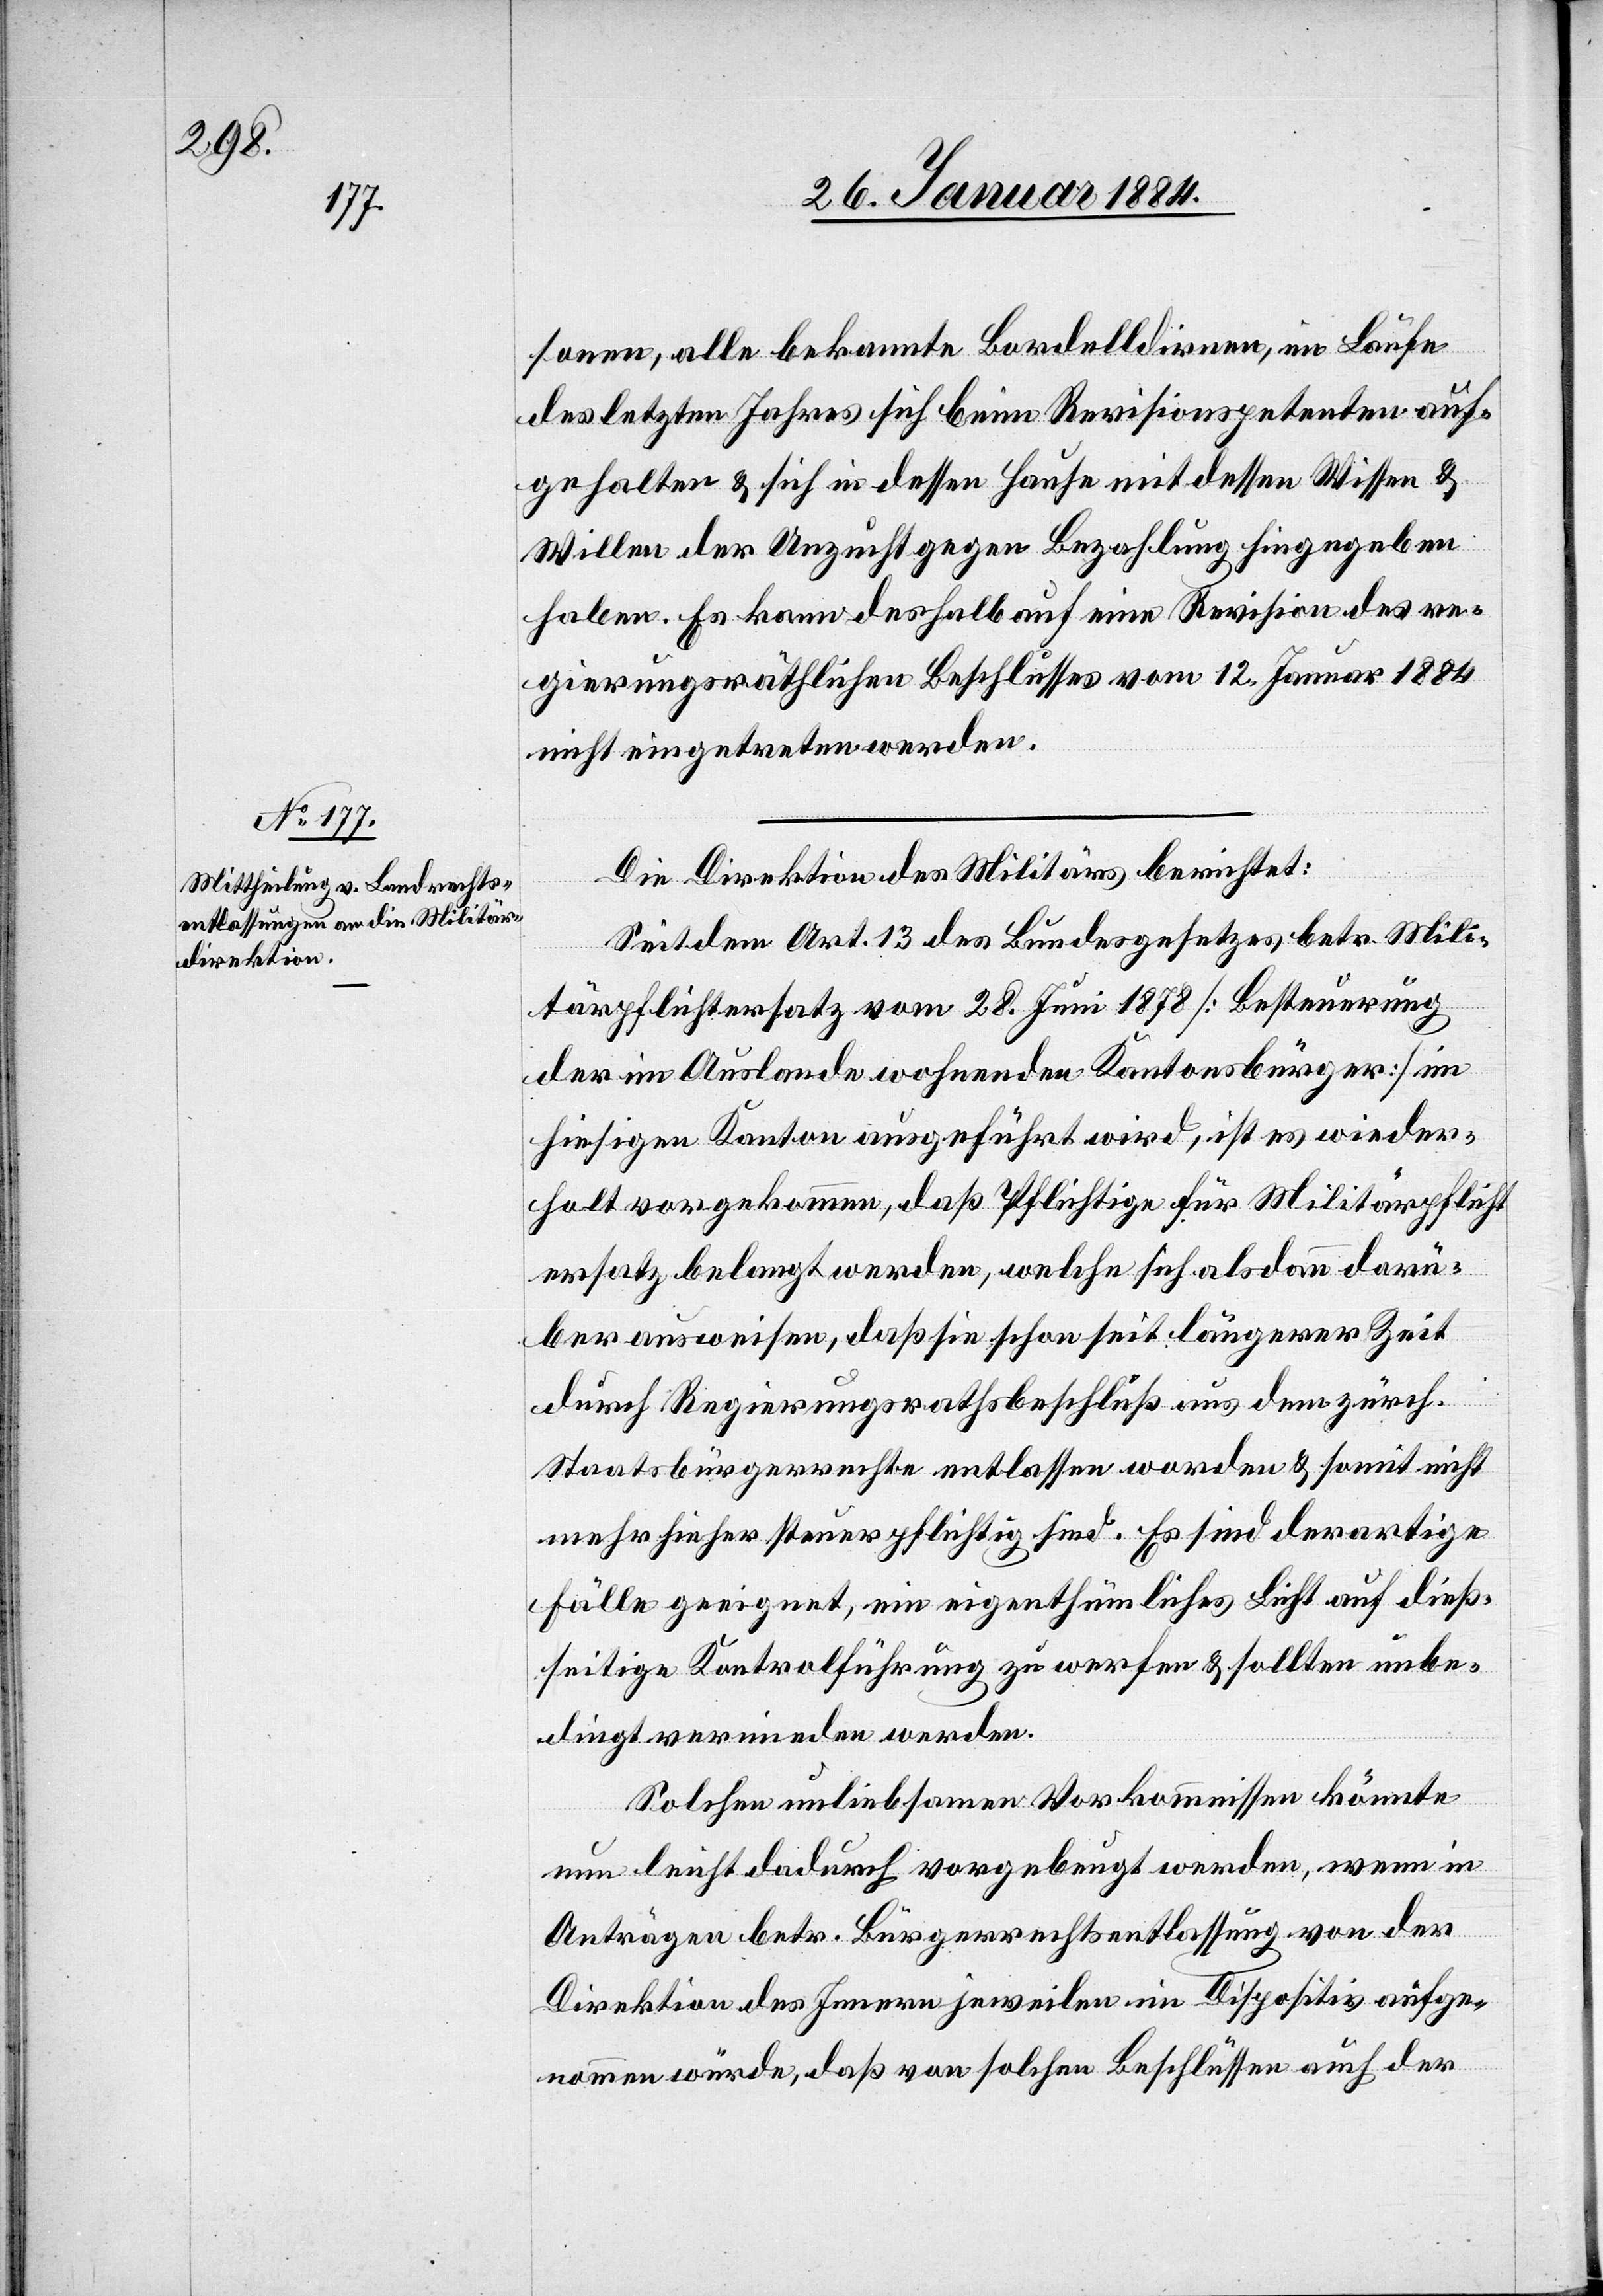
sonen, alle bekannte Bordelldirnen, im Laufe
des letztem Jahres sich beim Revisionspetenten auf¬
gehalten & sich in dessen Hause mit dessen Wissen &
Willen der Unzucht gegen Bezahlung hingegeben
haben. Es kann deshalb auf eine Revision des re¬
gierungsräthlichen Beschlusses vom 12. Januar 1884
nicht eingetreten werden.
Die Direktion des Militärs berichtet:
Seit dem Art. 13 des Bundesgesetzes betr. Mili¬
tärpflichtersatz vom 28. Juni 1878 [Besteuerung
der im Auslande wohnenden Kantonsbürger] in
hiesigem Kanton ausgeführt wird, ist es wieder¬
holt vorgekommen, daß Pflichtige für Militärpflicht¬
ersatz belangt werden, welche sich alsdann darü¬
ber ausweisen, daß sie schon seit längerer Zeit
durch Regierungsrathsbeschluß aus dem zürch.
Staatsbürgerrechte entlassen worden & somit nicht
mehr hierher steuerpflichtig sind. Es sind derartige
Fälle geeignet, ein eigenthümliches Licht auf dieß¬
seitige Kontrolführung zu werfen & sollten unbe¬
dingt vermieden werden.
Solchen unliebsamen Vorkommnisse könnten
nun leicht dadurch vorgebeugt werden, wenn in
Anträgen betr. Bürgerrechtsentlassung von der
Direktion des Innern jeweilen im Dispositiv aufge¬
nommen würden, daß von solchen Beschlüssen auch der